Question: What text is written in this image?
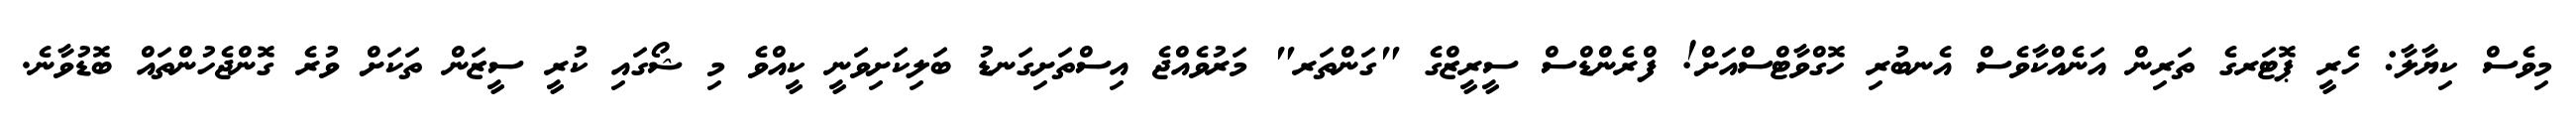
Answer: މިވެސް ކިޔާލާ: ހެރީ ޕޮޓަރގެ ތަރިން އަނެއްކާވެސް އެނބުރި ހޮގްވާޓްސްއަށް! ފްރެންޑްސް ސީރީޒްގެ "ގަންތަރ" މަރުވެއްޖެ އިސްތަށިގަނޑު ބަލިކަށިވަނީ ކީއްވެ މި ޝޯގައި ކުރީ ސީޒަން ތަކަށް ވުރެ ގޮންޖެހުންތައް ބޮޑުވާނެ.